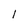
Character: l